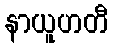
နာယူဟတီ